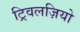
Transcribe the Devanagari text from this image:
ट्रिवलज़ियो